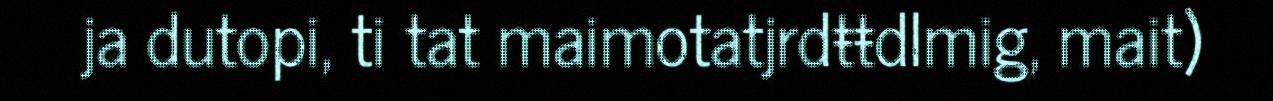
ja dutopi, ti tat maimotatjrdŧŧdlmig, mait)